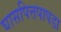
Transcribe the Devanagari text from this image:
घासपित्तपापडा